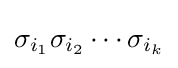
{\textstyle \sigma _{i_{1}}\sigma _{i_{2}}\cdots \sigma _{i_{k}}}